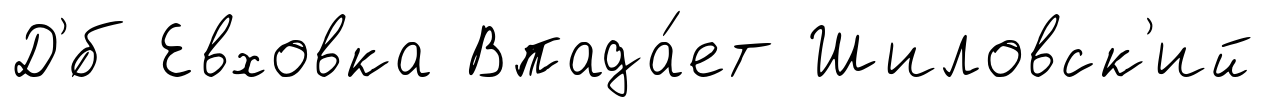
Д'́б Евховка Впада́ет Шиловск'ий